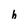
Character: h